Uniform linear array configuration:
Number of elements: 24
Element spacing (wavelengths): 0.25
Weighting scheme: uniform
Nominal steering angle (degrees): -15
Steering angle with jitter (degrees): -14.555
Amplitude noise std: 0.05
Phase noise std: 0.05

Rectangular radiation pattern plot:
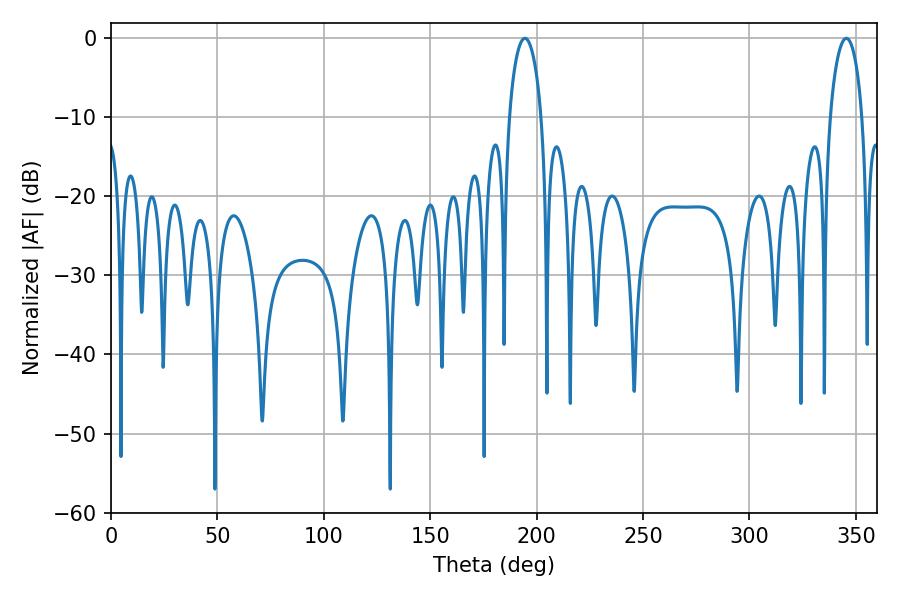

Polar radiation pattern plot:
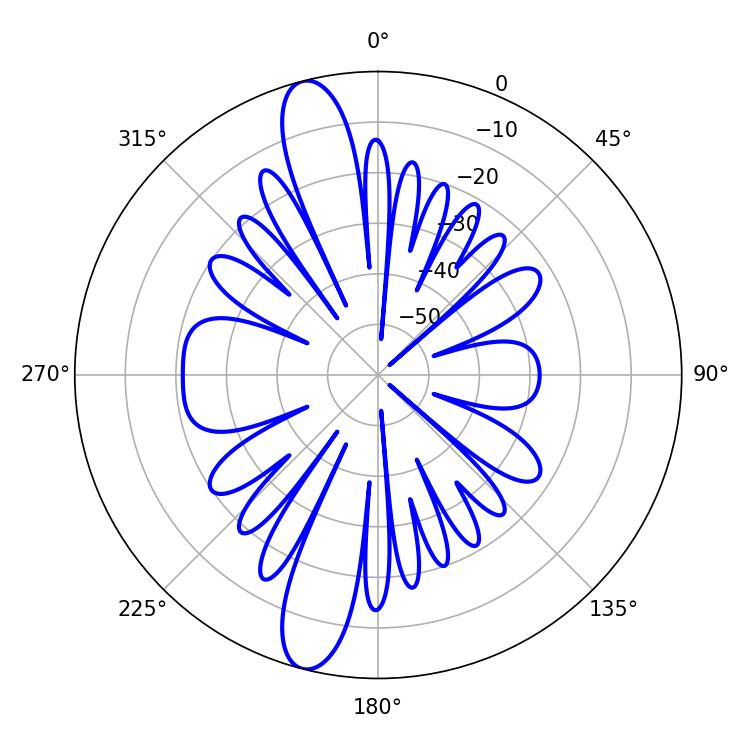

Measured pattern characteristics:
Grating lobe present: FALSE
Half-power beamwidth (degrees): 8.64
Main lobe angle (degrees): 194.4